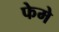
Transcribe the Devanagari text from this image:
फेमे